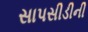
સાપસીડીની